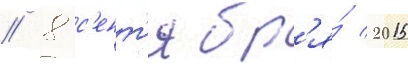
// 8 с'ент'ябр'я́ 2015